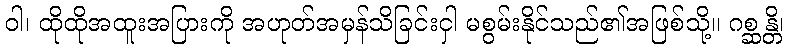
ဝါ၊ ထိုထိုအထူးအပြားကို အဟုတ်အမှန်သိခြင်းငှါ မစွမ်းနိုင်သည်၏အဖြစ်သို့။ ဂစ္ဆန္တိ၊